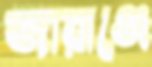
জারাঞ্জে